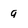
Character: 9